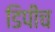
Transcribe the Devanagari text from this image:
डिपीच